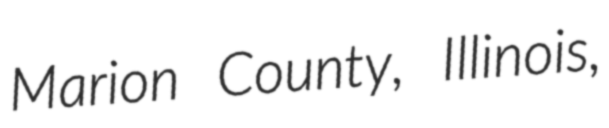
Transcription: Marion County, Illinois,